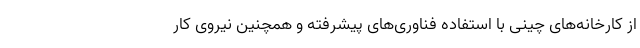
از کارخانه‌های چینی با استفاده فناوری‌های پیشرفته و همچنین نیروی کار